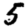
Digit: 5